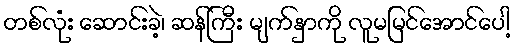
တစ်လုံး ဆောင်းခဲ့၊ ဆန်ကြီး မျက်နှာကို လူမမြင်အောင်ပေါ့